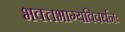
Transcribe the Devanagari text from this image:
भक्‍तभाग्यविवर्धनः